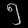
Digit: ၅